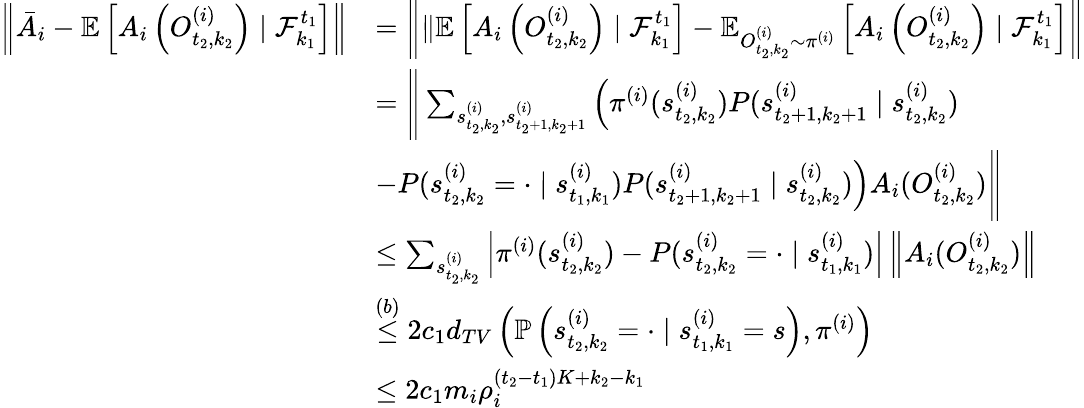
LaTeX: \begin{array}{rl}{\left\| \bar{A}_{i}-\mathbb{E}\left[A_{i}\left(O_{t_{2},k_{2}}^{(i)}\right)\mid\mathcal{F}_{k_{1}}^{t_{1}}\right]\right\| }&{=\left\| \lVert\mathbb{E}\left[A_{i}\left(O_{t_{2},k_{2}}^{(i)}\right)\mid\mathcal{F}_{k_{1}}^{t_{1}}\right]-\mathbb{E}_{O_{t_{2},k_{2}}^{(i)}\sim\pi^{(i)}}\left[A_{i}\left(O_{t_{2},k_{2}}^{(i)}\right)\mid\mathcal{F}_{k_{1}}^{t_{1}}\right]\right\| }\\ &{=\Bigg\lVert\sum_{s_{t_{2},k_{2}}^{(i)},s_{t_{2}+1,k_{2}+1}^{(i)}}\left(\pi^{(i)}(s_{t_{2},k_{2}}^{(i)})P(s_{t_{2}+1,k_{2}+1}^{(i)}\mid s_{t_{2},k_{2}}^{(i)})\right.}\\ &{\left.-P(s_{t_{2},k_{2}}^{(i)}=\cdot\mid s_{t_{1},k_{1}}^{(i)})P(s_{t_{2}+1,k_{2}+1}^{(i)}\mid s_{t_{2},k_{2}}^{(i)})\right)A_{i}(O_{t_{2},k_{2}}^{(i)})\Bigg\rVert}\\ &{\leq\sum_{s_{t_{2},k_{2}}^{(i)}}\left|\pi^{(i)}(s_{t_{2},k_{2}}^{(i)})-P(s_{t_{2},k_{2}}^{(i)}=\cdot\mid s_{t_{1},k_{1}}^{(i)})\right|\left\| A_{i}(O_{t_{2},k_{2}}^{(i)})\right\| }\\ &{\stackrel{(b)}\le 2c_{1}d_{TV}\left(\mathbb{P}\left(s_{t_{2},k_{2}}^{(i)}=\cdot\mid s_{t_{1},k_{1}}^{(i)}=s\right),\pi^{(i)}\right)}\\ &{\le 2c_{1}m_{i}\rho_{i}^{(t_{2}-t_{1})K+k_{2}-k_{1}}}\end{array}